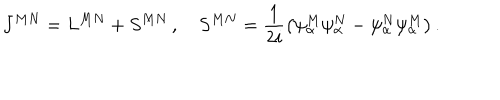
LaTeX: J ^ { M N } = L ^ { M N } + S ^ { M N } \, , \quad S ^ { M N } = \frac { 1 } { 2 i } \left( \psi _ { \alpha } ^ { M } \psi _ { \alpha } ^ { N } - \psi _ { \alpha } ^ { N } \psi _ { \alpha } ^ { M } \right) .